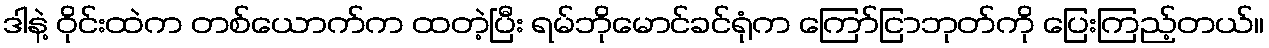
ဒါနဲ့ ဝိုင်းထဲက တစ်ယောက်က ထတဲ့ပြီး ရမ်ဘိုမောင်ခင်ရုံက ကြော်ငြာဘုတ်ကို ပြေးကြည့်တယ်။